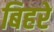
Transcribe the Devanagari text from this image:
बिहरे